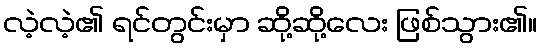
လဲ့လဲ့၏ ရင်တွင်းမှာ ဆို့ဆို့လေး ဖြစ်သွား၏။